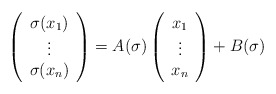
\begin{align*}\left(\begin{array}{c}\sigma(x_1)\\\vdots\\\sigma(x_n)\end{array}\right)=A(\sigma)\left(\begin{array}{c}x_1\\\vdots\\x_n\end{array}\right)+B(\sigma)\end{align*}